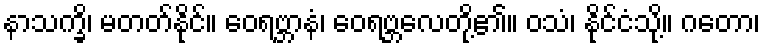
နာသက္ခိ၊ မတတ်နိုင်။ ဝေရဗ္ဘာနံ၊ ဝေရဗ္ဘလေတို့၏။ ဝသံ၊ နိုင်ငံသို့။ ဂတော၊